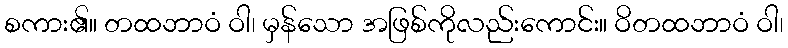
စကား၏။ တထဘာဝံ ဝါ၊ မှန်သော အဖြစ်ကိုလည်းကောင်း။ ဝိတထဘာဝံ ဝါ၊